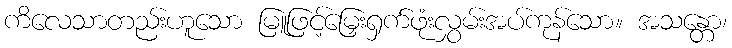
ကိလေသာတည်းဟူသော မြူဖြင့်မြှေးရှက်ဖုံးလွှမ်းအပ်ကုန်သော။ အသန္တော၊